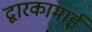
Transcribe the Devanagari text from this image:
द्वारकामाई